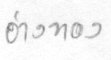
อ่างทอง